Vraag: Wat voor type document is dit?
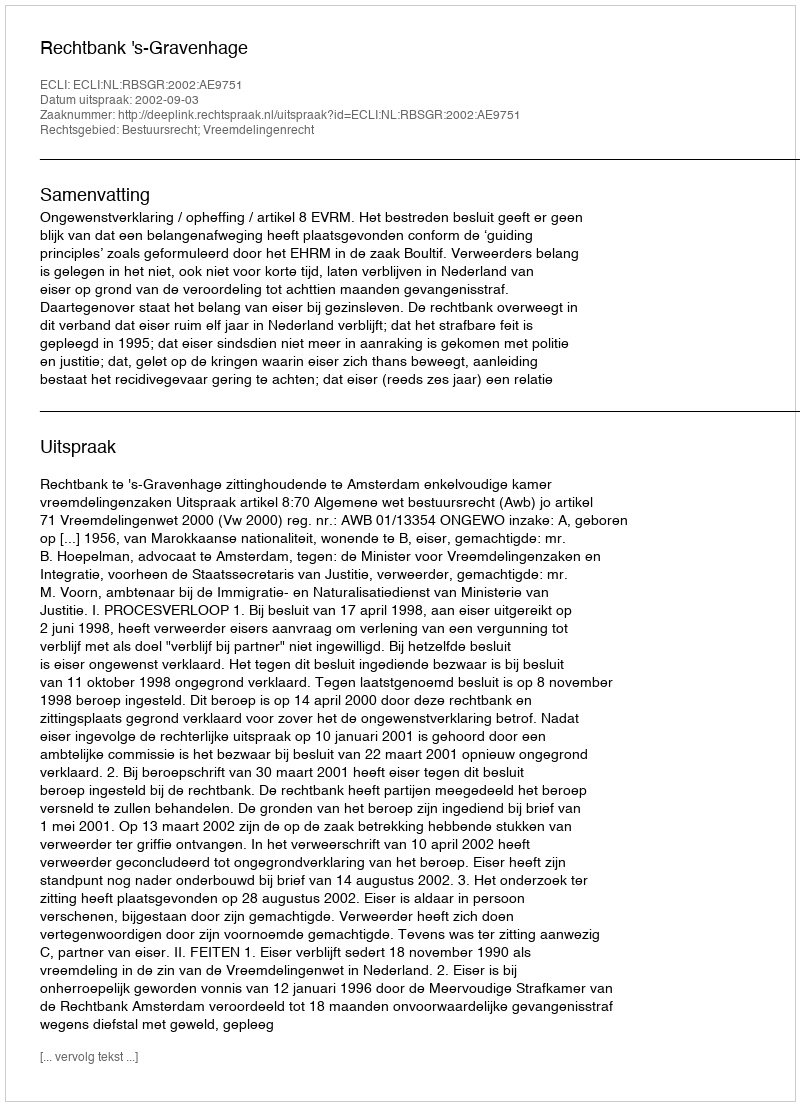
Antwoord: Uitspraak